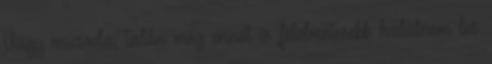
Vagy micsoda, talán még ennél is félelmetesebb halálnem les